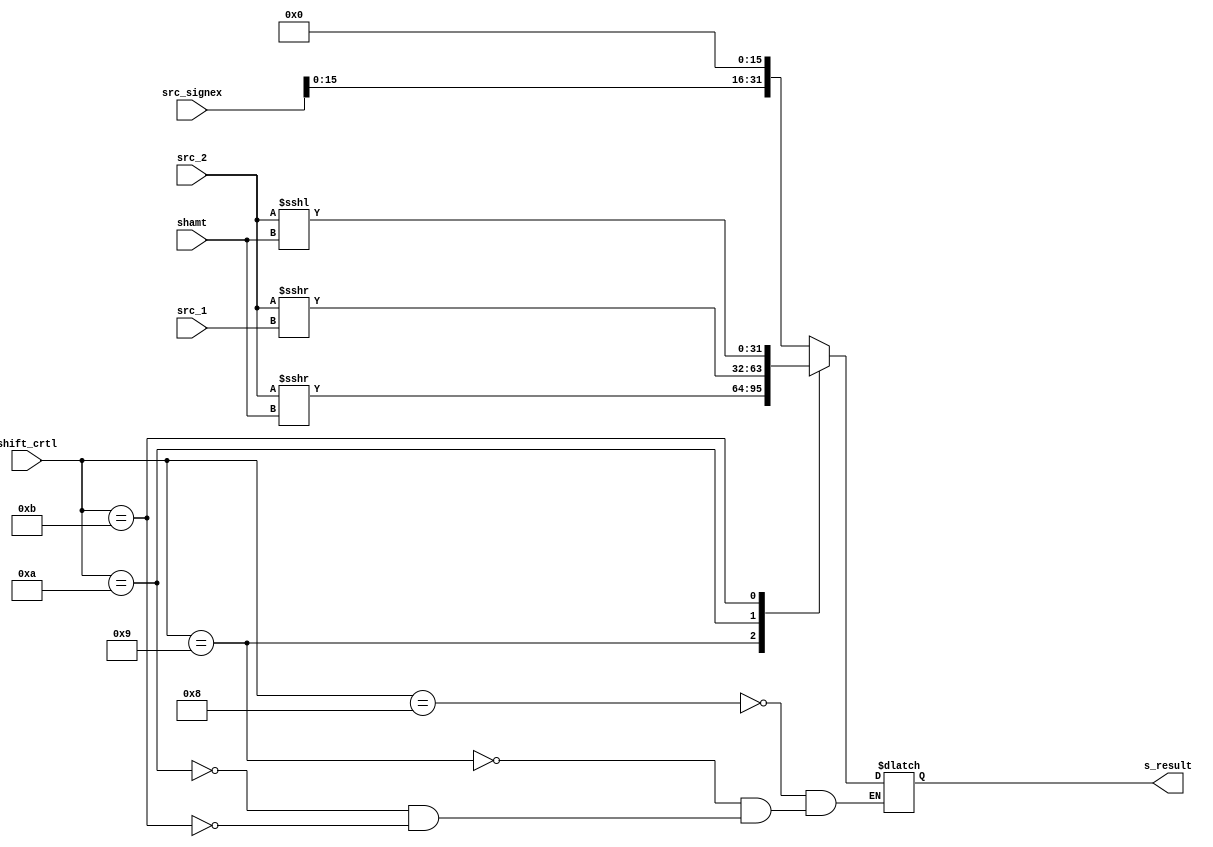

module Shifter(
	src_1,
	src_2,
	src_signex,
	shamt,
	shift_crtl,
	s_result
	);

input [31:0] src_2,src_signex;
input [31:0] src_1;
input [4:0]  shamt;
input [3:0]  shift_crtl;
output [31:0] s_result;

wire signed [31:0] src_2;

reg [31:0]   s_in_result;

assign s_result = s_in_result;

localparam [4-1:0] LUI = 4'b1000 , SRA = 4'b1001 , SRAV = 4'b1010, SLL = 4'b1011;

always @(*) begin
	case(shift_crtl)
		LUI  : s_in_result <= src_signex << 16;
		SRA  : s_in_result <= src_2 >>> shamt;
		SRAV : s_in_result <= src_2 >>> src_1;
		SLL  : s_in_result <= src_2 <<< shamt;
	endcase
end

endmodule